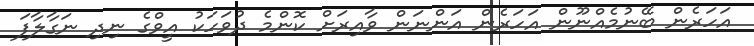
އަހަރެން ބޭނުމެއްނޫން އަހަރެން އަންނަން ވާއިރަށް ކޮންމެ ދުވަހަކު އީވްގެ ނިދި ނަގާލާފަ